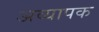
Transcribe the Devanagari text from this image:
अव्यापक